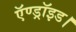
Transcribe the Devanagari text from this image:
ऍण्ड्रॉइड।